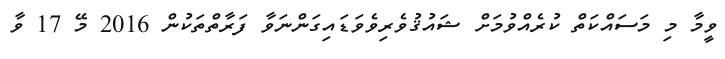
ވީމާ މި މަސައްކަތް ކުރެއްވުމަށް ޝައުޤުވެރިވެވަޑައިގަންނަވާ ފަރާތްތަކުން 2016 މޭ 17 ވާ